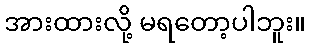
အားထားလို့ မရတော့ပါဘူး။